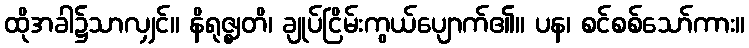
ထိုအခါ၌သာလျှင်။ နိရုဇ္ဈတိ၊ ချုပ်ငြိမ်းကွယ်ပျောက်၏။ ပန၊ စင်စစ်သော်ကား။